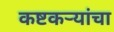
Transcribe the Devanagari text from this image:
कष्टकऱ्यांचा